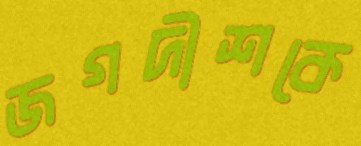
জগদীশকে